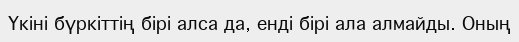
Үкіні бүркіттің бірі алса да, енді бірі ала алмайды. Оның